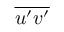
\overline { { u ^ { \prime } v ^ { \prime } } }